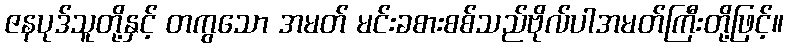
ဇနပုဒ်သူတို့နှင့် တကွသော အမတ် မင်းခစားစစ်သည်ဗိုလ်ပါအမတ်ကြီးတို့ဖြင့်။